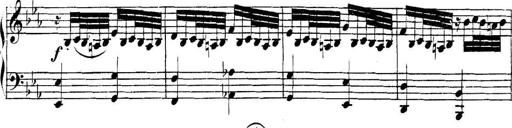
Title: Collected Piano Sonatas
Composer: Muzio Clementi